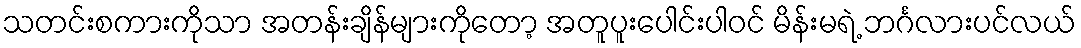
သတင်းစကားကိုသာ အတန်းချိန်များကိုတော့ အတူပူးပေါင်းပါဝင် မိန်းမရဲ့ ဘင်္ဂလားပင်လယ်